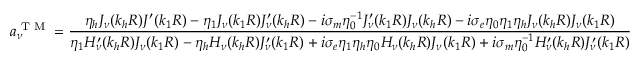
a _ { \nu } ^ { \textrm { T M } } = \frac { \eta _ { h } J _ { \nu } ( k _ { h } R ) J ^ { \prime } ( k _ { 1 } R ) - \eta _ { 1 } J _ { \nu } ( k _ { 1 } R ) J _ { \nu } ^ { \prime } ( k _ { h } R ) - i \sigma _ { m } \eta _ { 0 } ^ { - 1 } J _ { \nu } ^ { \prime } ( k _ { 1 } R ) J _ { \nu } ( k _ { h } R ) - i \sigma _ { e } \eta _ { 0 } \eta _ { 1 } \eta _ { h } J _ { \nu } ( k _ { h } R ) J _ { \nu } ( k _ { 1 } R ) } { \eta _ { 1 } H _ { \nu } ^ { \prime } ( k _ { h } R ) J _ { \nu } ( k _ { 1 } R ) - \eta _ { h } H _ { \nu } ( k _ { h } R ) J _ { \nu } ^ { \prime } ( k _ { 1 } R ) + i \sigma _ { e } \eta _ { 1 } \eta _ { h } \eta _ { 0 } H _ { \nu } ( k _ { h } R ) J _ { \nu } ( k _ { 1 } R ) + i \sigma _ { m } \eta _ { 0 } ^ { - 1 } H _ { \nu } ^ { \prime } ( k _ { h } R ) J _ { \nu } ^ { \prime } ( k _ { 1 } R ) }